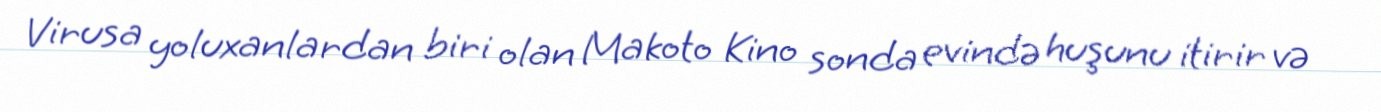
Virusa yoluxanlardan biri olan Makoto Kino sonda evində huşunu itirir və